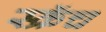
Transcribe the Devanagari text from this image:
स्क्रॅच